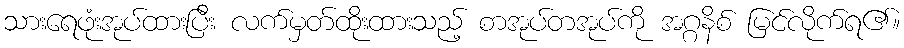
သားရေဖုံးအုပ်ထားပြီး လက်မှတ်ထိုးထားသည့် စာအုပ်တအုပ်ကို အဂ္ဂနိစ် မြင်လိုက်ရ၏။